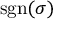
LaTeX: \operatorname { s g n } ( \sigma )